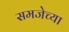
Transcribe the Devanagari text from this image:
समजेच्या